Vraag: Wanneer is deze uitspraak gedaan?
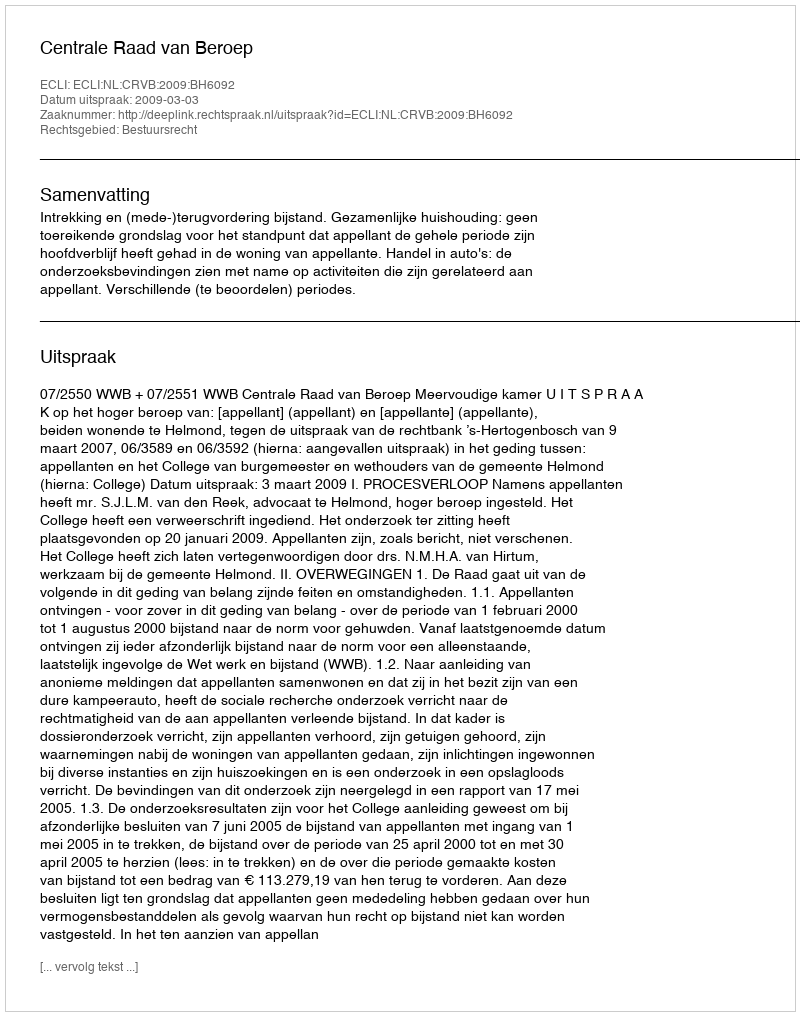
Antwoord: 2009-03-03